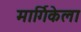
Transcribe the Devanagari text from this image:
मार्गिकेला